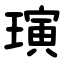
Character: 璌